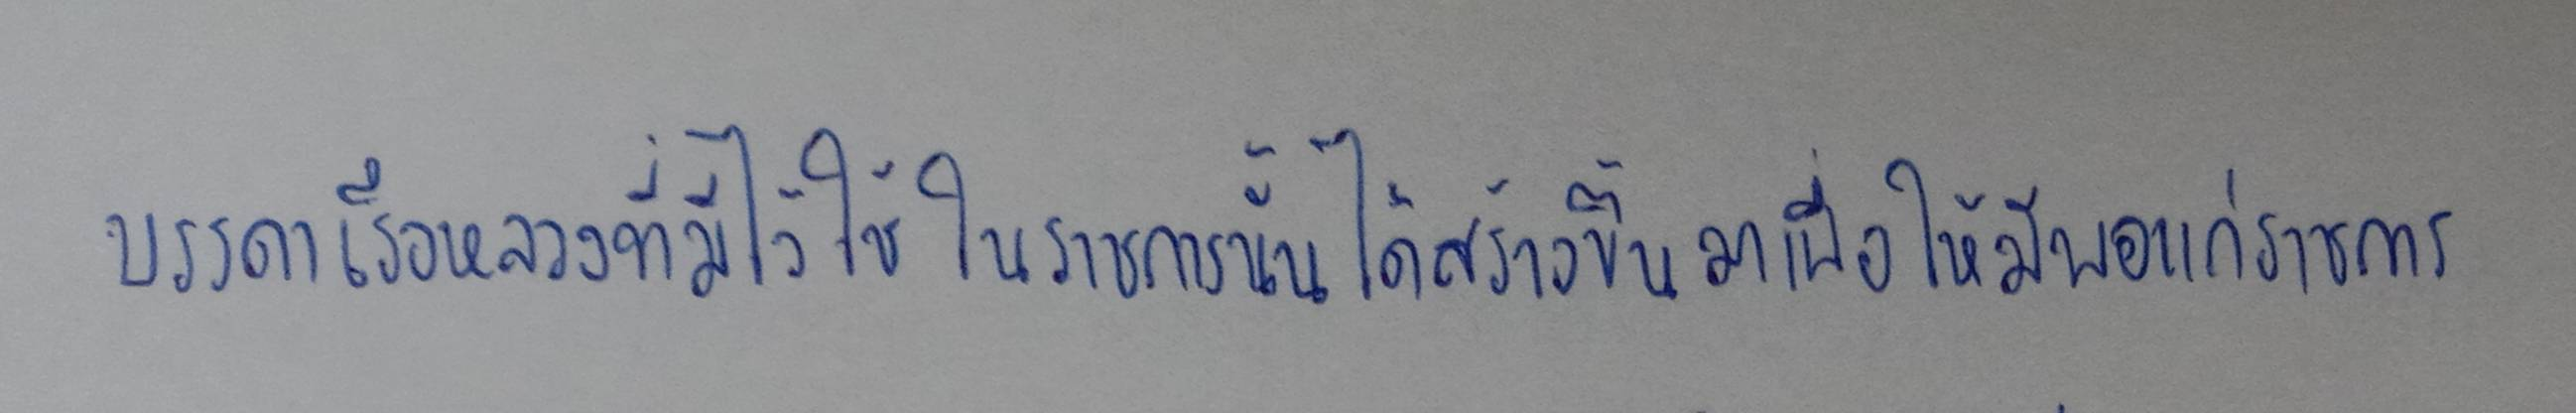
บรรดาเรือหลวงที่มีไว้ใช้ในราชการนั้นได้สร้างขึ้นมาเพื่อให้มีพอแก่ราชการ